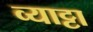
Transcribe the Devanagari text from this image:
व्याट्टा